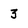
Character: 3